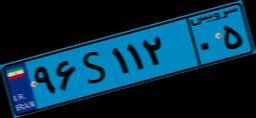
۷۳S۰۳۸۶۶